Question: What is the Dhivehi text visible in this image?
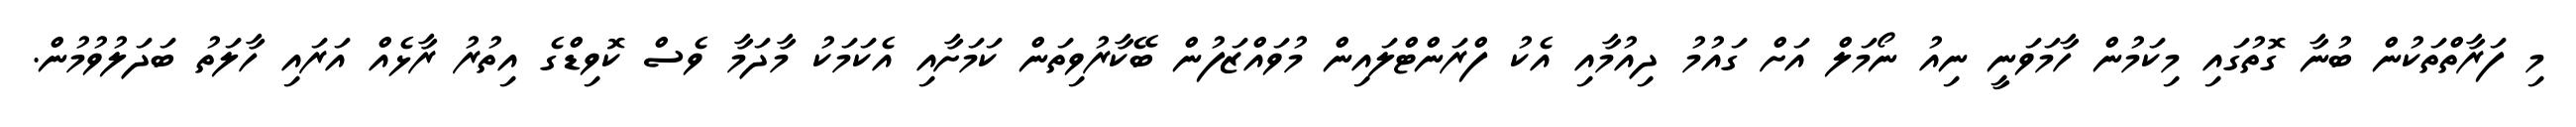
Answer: މި ފަރާތްތަކުން ބުނާ ގޮތުގައި މިކަމުން ހާމަވަނީ ނިއު ނޯމަލް އަށް ގައުމު ދިއުމާއި އެކު ފްރަންޓްލައިން މުވައްޒަފުން ބޭކާރުވިތަން ކަމަށާއި އެކަމަކު މާދަމާ ވެސް ކޮވިޑްގެ އިތުރު ރާޅެއް އަރައި ހާލަތު ބަދަލުވުމުން.